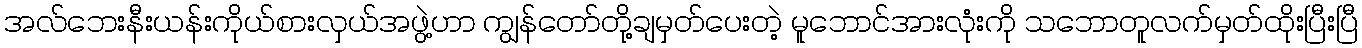
အလ်ဘေးနီးယန်းကိုယ်စားလှယ်အဖွဲ့ဟာ ကျွန်တော်တို့ချမှတ်ပေးတဲ့ မူဘောင်အားလုံးကို သဘောတူလက်မှတ်ထိုးပြီးပြီ